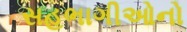
સહભાગીઓનો